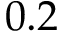
0 . 2